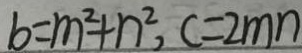
b = m ^ { 2 } + n ^ { 2 } , c = 2 m n